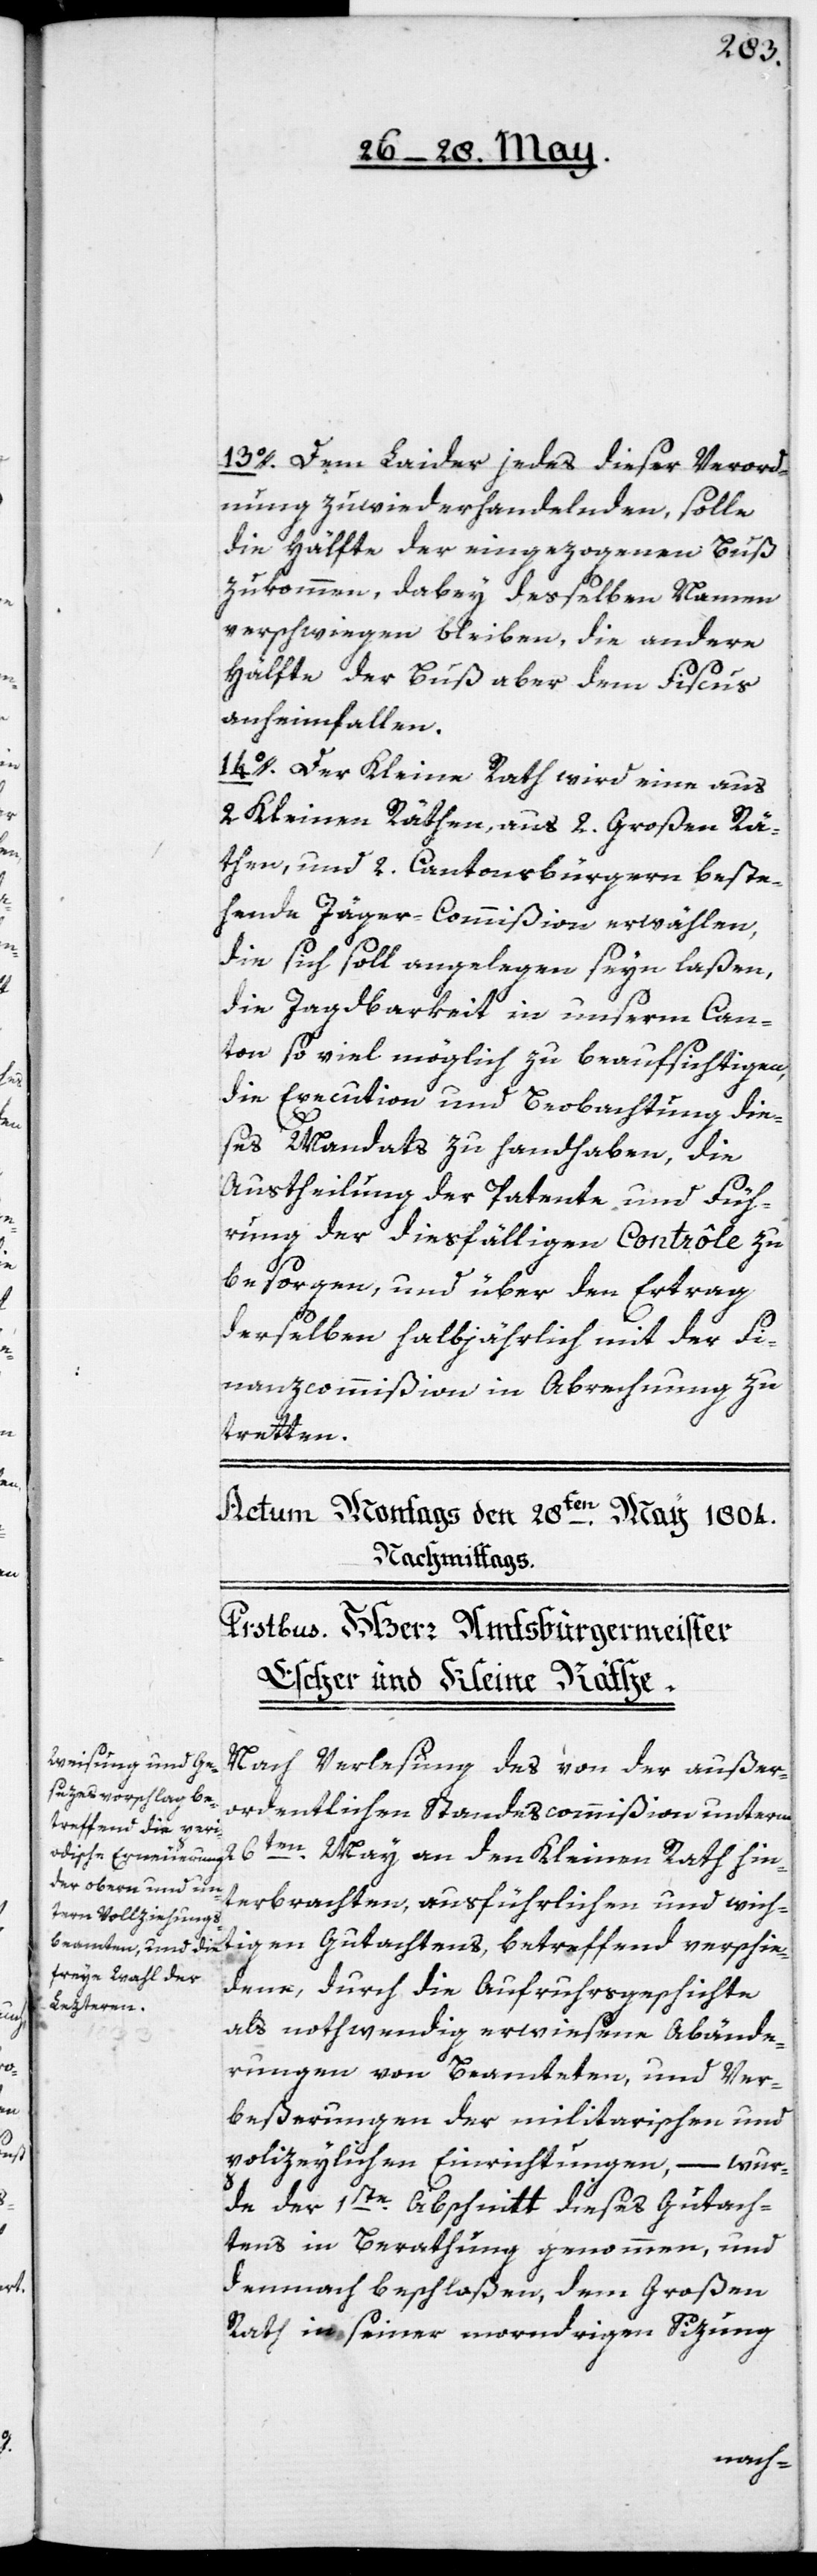
tigen

13o. Dem Laider jedes dieser Verord¬
nung zuwiederhandelnden, solle
die Hälfte der eingezogenen Buß
zukommen, dabey desselben Namen
verschwiegen bleiben, die andere
Hälfte der Buß aber dem Fiscus
anheimfallen.
14o. Der Kleine Rath wird eine aus
2. Kleinen Räthen, aus 2. Großen Rä¬
then, und 2. Cantonsbürgern beste¬
hende Jäger-Commißion erwählen,
die sich soll angelegen seyn laßen,
die Jagdbarkeit in unserm Can¬
ton so viel möglich zu beaufsichtigen,
die Execution und Beobachtung die¬
ses Mandats zu handhaben, die
Austheilung der Patente und Füh¬
rung der diesfälligen Contrôle zu
besorgen, und über den Ertrag
derselben halbjährlich mit der Fi¬
nanzcommißion in Abrechnung zu
tretten.
verschie¬
May an den Kleinen Rath hin¬
Nach Verlesung des von der außer¬
ordentlichen Standescommißion unterm
terbrachten, ausführlichen und wich¬
dene, durch die Aufruhrsgeschichte
als nothwendig erwiesene Abände¬
rungen von Beamteten, und Ver¬
beßerungen der militairischen und
polizeylichen Einrichtungen, – wur¬
de der 1ste Abschnitt dieses Gutach¬
tens in Berathung genommen, und
demnach beschloßen, dem Großen
Rath in seiner morndrigen Sizung